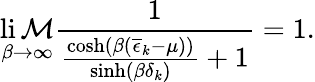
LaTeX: \operatorname*{li\mathcal{M}}_{\beta\to\infty}\frac{{1}}{{\frac{{\cosh\left(\beta(\overline{{{\epsilon}}}_{k}-\mu)\right)}}{{\sinh\left(\beta\delta_{k}\right)}}+1}}=1.